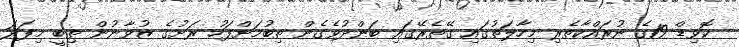
ކޮވިޑް-19ގެ ނުރައްކާތެރި މިހާލަތުގައި ގޭތެރޭގައި ބަންދުވެގެން ތިބުމަށްފަހު ރަށުގެ ޒުވާނުން ތިބީ މިފަދަ